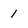
Character: 1